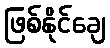
ဖြစ်နိုင်ချေ